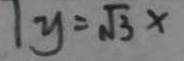
y = \sqrt { 3 } x